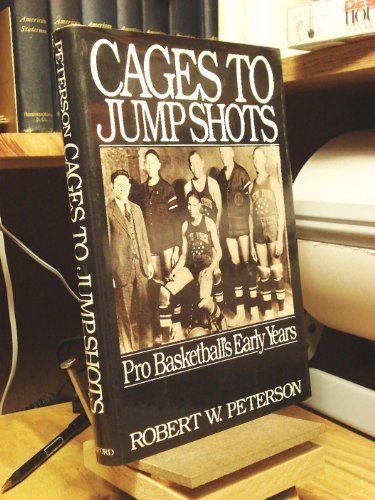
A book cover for Cages to Jump Shots: Pro Basketball's Early Years (Sports History and Society); Robert W. Peterson; Sports & Outdoors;